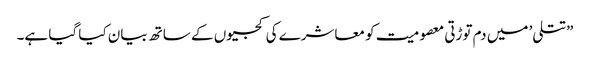
”تتلی’ میں دم توڑتی معصومیت کو معاشرے کی کجیوں کے ساتھ بیان کیا گیا ہے۔